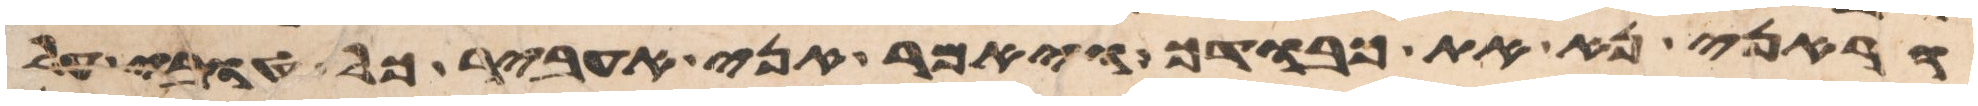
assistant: הראני נא את כבודך ויאמר אני אעביר כל טובי על